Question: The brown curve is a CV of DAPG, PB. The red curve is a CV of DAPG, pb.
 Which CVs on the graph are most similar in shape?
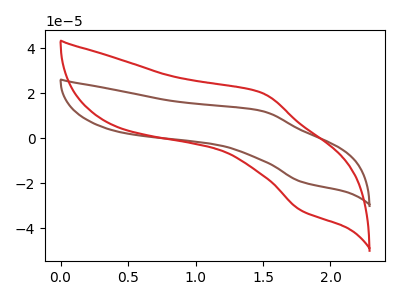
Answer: <think>The brown curve "DAPG, PB" has an anodic peak at (1.50V, 12.15uA) and a cathodic peak at (1.80V, -19.30uA). The red curve "DAPG, pb" has an anodic peak at (1.50V, 20.20uA) and a cathodic peak at (1.80V, -32.05uA).
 All the peaks in "DAPG, PB" have a peak in "DAPG, pb" at the same potential. Every peak in "DAPG, PB" is lower than every peak in "DAPG, pb".</think>
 <answer>"DAPG, pb" and "DAPG, PB" have the same shape and are likely CV's of the same chemical.</answer>
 <eval>"DAPG, pb" "DAPG, PB"</eval>